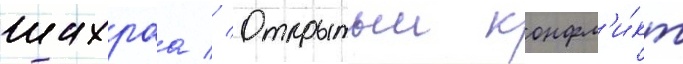
шахраа // Открытыи конфл'и́кт